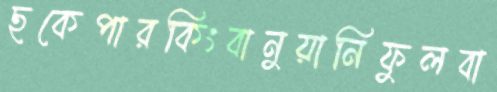
ছকেপারকিংবানুয়ানিফুলবা